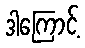
ဒါကြောင့်